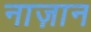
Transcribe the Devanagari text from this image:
नाज़ान